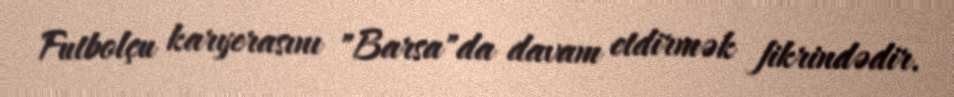
Futbolçu karyerasını "Barsa"da davam etdirmək fikrindədir.